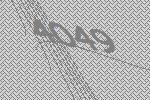
4049